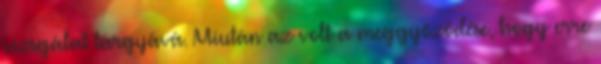
vizsgálat tárgyává. Miután az volt a meggyőződése, hogy erre